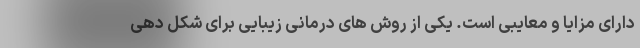
دارای مزایا و معایبی است. یکی از روش های درمانی زیبایی برای شکل دهی